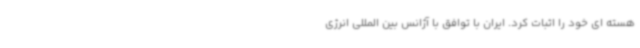
هسته ای خود را اثبات کرد. ایران با توافق با آژانس بین المللی انرژی